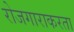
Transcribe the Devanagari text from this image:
रोजगाराकरता